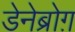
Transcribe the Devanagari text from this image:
डेनेब्रोग़